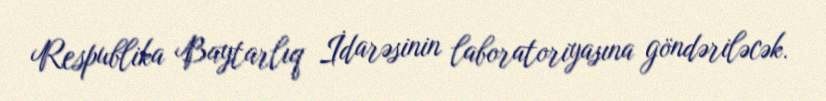
Respublika Baytarlıq İdarəsinin laboratoriyasına göndəriləcək.